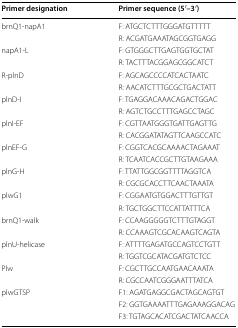
<table><thead><tr><td><b>Primer designation</b></td><td><b>Primer sequence (5′–3′)</b></td></tr></thead><tbody><tr><td rowspan="2">brnQ1-napA1</td><td>F: ATGCTCTTTGGGATGTTTTT</td></tr><tr><td>R: ACGATGAAATAGCGGTGAGG</td></tr><tr><td rowspan="2">napA1-L</td><td>F: GTGGGCTTGAGTGGTGCTAT</td></tr><tr><td>R: TACTTTACGGAGCGGCATCT</td></tr><tr><td rowspan="2">R-plnD</td><td>F: AGCAGCCCCATCACTAATC</td></tr><tr><td>R: AACATCTTTGCGCTGACTATT</td></tr><tr><td rowspan="2">plnD-I</td><td>F: TGAGGACAAACAGACTGGAC</td></tr><tr><td>R: AGTCTGCCTTTGAGCCTAGC</td></tr><tr><td rowspan="2">plnI-EF</td><td>F: CGTTAATGGGTGATTGAGTTG</td></tr><tr><td>R: CACGGATATAGTTCAAGCCATC</td></tr><tr><td rowspan="2">plnEF-G</td><td>F: CGGTCACGCAAAACTAGAAAT</td></tr><tr><td>R: TCAATCACCGCTTGTAAGAAA</td></tr><tr><td rowspan="2">plnG-H</td><td>F: TTATTGGCGGTTTTAGGTCA</td></tr><tr><td>R: CGCGCACCTTCAACTAAATA</td></tr><tr><td rowspan="2">plwG1</td><td>F: CGGAATGTGGACTTTGTTGT</td></tr><tr><td>R: TGCTGGCTTCCATTATTTCA</td></tr><tr><td rowspan="2">brnQ1-walk</td><td>F: CCAAGGGGGTCTTTGTAGGT</td></tr><tr><td>R: CCAAAGTCGCACAAGTCAGTA</td></tr><tr><td rowspan="2">plnU-helicase</td><td>F: ATTTTGAGATGCCAGTCCTGTT</td></tr><tr><td>R: TGGTCGCATACGATGTCTCC</td></tr><tr><td rowspan="2">Plw</td><td>F: CGCTTGCCAATGAACAAATA</td></tr><tr><td>R: CGCCAATCGGGAATTTATCA</td></tr><tr><td rowspan="3">plwGTSP</td><td>F1: AGATGAGGCGACTAGCAGTGT</td></tr><tr><td>F2: GGTGAAAATTTGAGAAAGGACAG</td></tr><tr><td>F3: TGTAGCACATCGACTATCAACCA</td></tr></tbody></table>